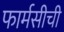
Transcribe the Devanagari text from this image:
फार्मसीची